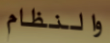
والنظام